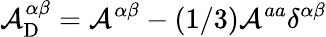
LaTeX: {\cal{A}}_{\textrm{D}}^{\alpha\beta}={\cal{A}}^{\alpha\beta}-(1/3){\cal{A}}^{aa}\delta^{\alpha\beta}